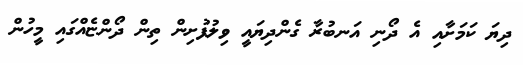
ދިޔަ ކަމަށާއި އެ ދޯނި އަނބުރާ ގެންދިޔައީ ވިލުފުށިން ތިން ދޯންޏެއްގައި މީހުން